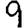
Digit: 9